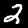
Digit: 2